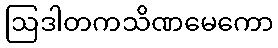
ဩဒါတကသိဏမေကော